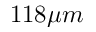
1 1 8 \mu m